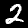
Label: 2